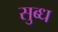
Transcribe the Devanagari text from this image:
सुब्ध